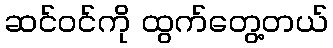
ဆင်ဝင်ကို ထွက်တွေ့တယ်